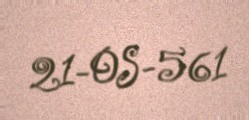
21-OS-561